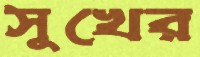
সুখের